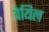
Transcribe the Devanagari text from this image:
वेयिल